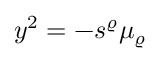
y ^ { 2 } = - s ^ { \varrho } \mu _ { \varrho } \, \, \/